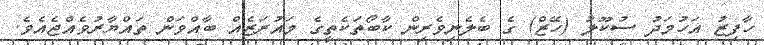
ހާފިޒު އަހުމަދު ސުކޫލު (ހޭޒް) ގެ ބެލެނިވެރިން ކާބޯތަކެތީގެ މައުރަޒެއް ބާއްވަން ތައްޔާރުވެއްޖެއެވެ.